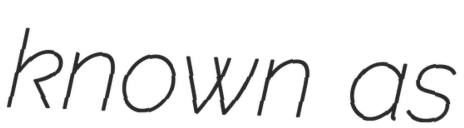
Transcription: known as